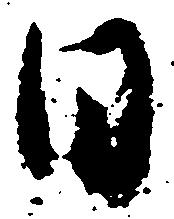
日